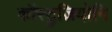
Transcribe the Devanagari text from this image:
कॉस्ट्रुज़ियोनि